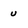
Character: u